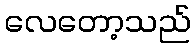
လေတော့သည်